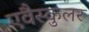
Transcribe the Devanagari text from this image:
एवैस्कुलर